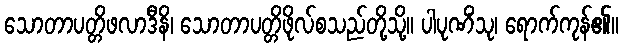
သောတာပတ္တိဖလာဒီနိ၊ သောတာပတ္တိဖိုလ်စသည်တို့သို့။ ပါပုဏိံသု၊ ရောက်ကုန်၏။